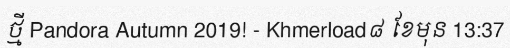
ថ្មី Pandora Autumn 2019! - Khmerload៨ ខែមុន 13:37